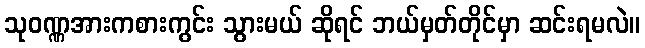
သုဝဏ္ဏအားကစားကွင်း သွားမယ် ဆိုရင် ဘယ်မှတ်တိုင်မှာ ဆင်းရမလဲ။